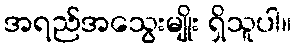
အရည်အသွေးမျိုး ရှိသူပါ။